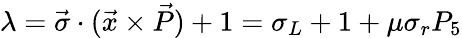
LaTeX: \lambda=\vec{\sigma}\cdot(\vec{x}\times\vec{P})+1=\sigma_{L}+1+\mu\sigma_{r}P_{5}